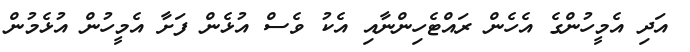
އަދި އެމީހުންގެ އެހެން ރައްޓެހިންނާއި އެކު ވެސް އުޅެން ފަށާ އެމީހުން އުޅެމުން